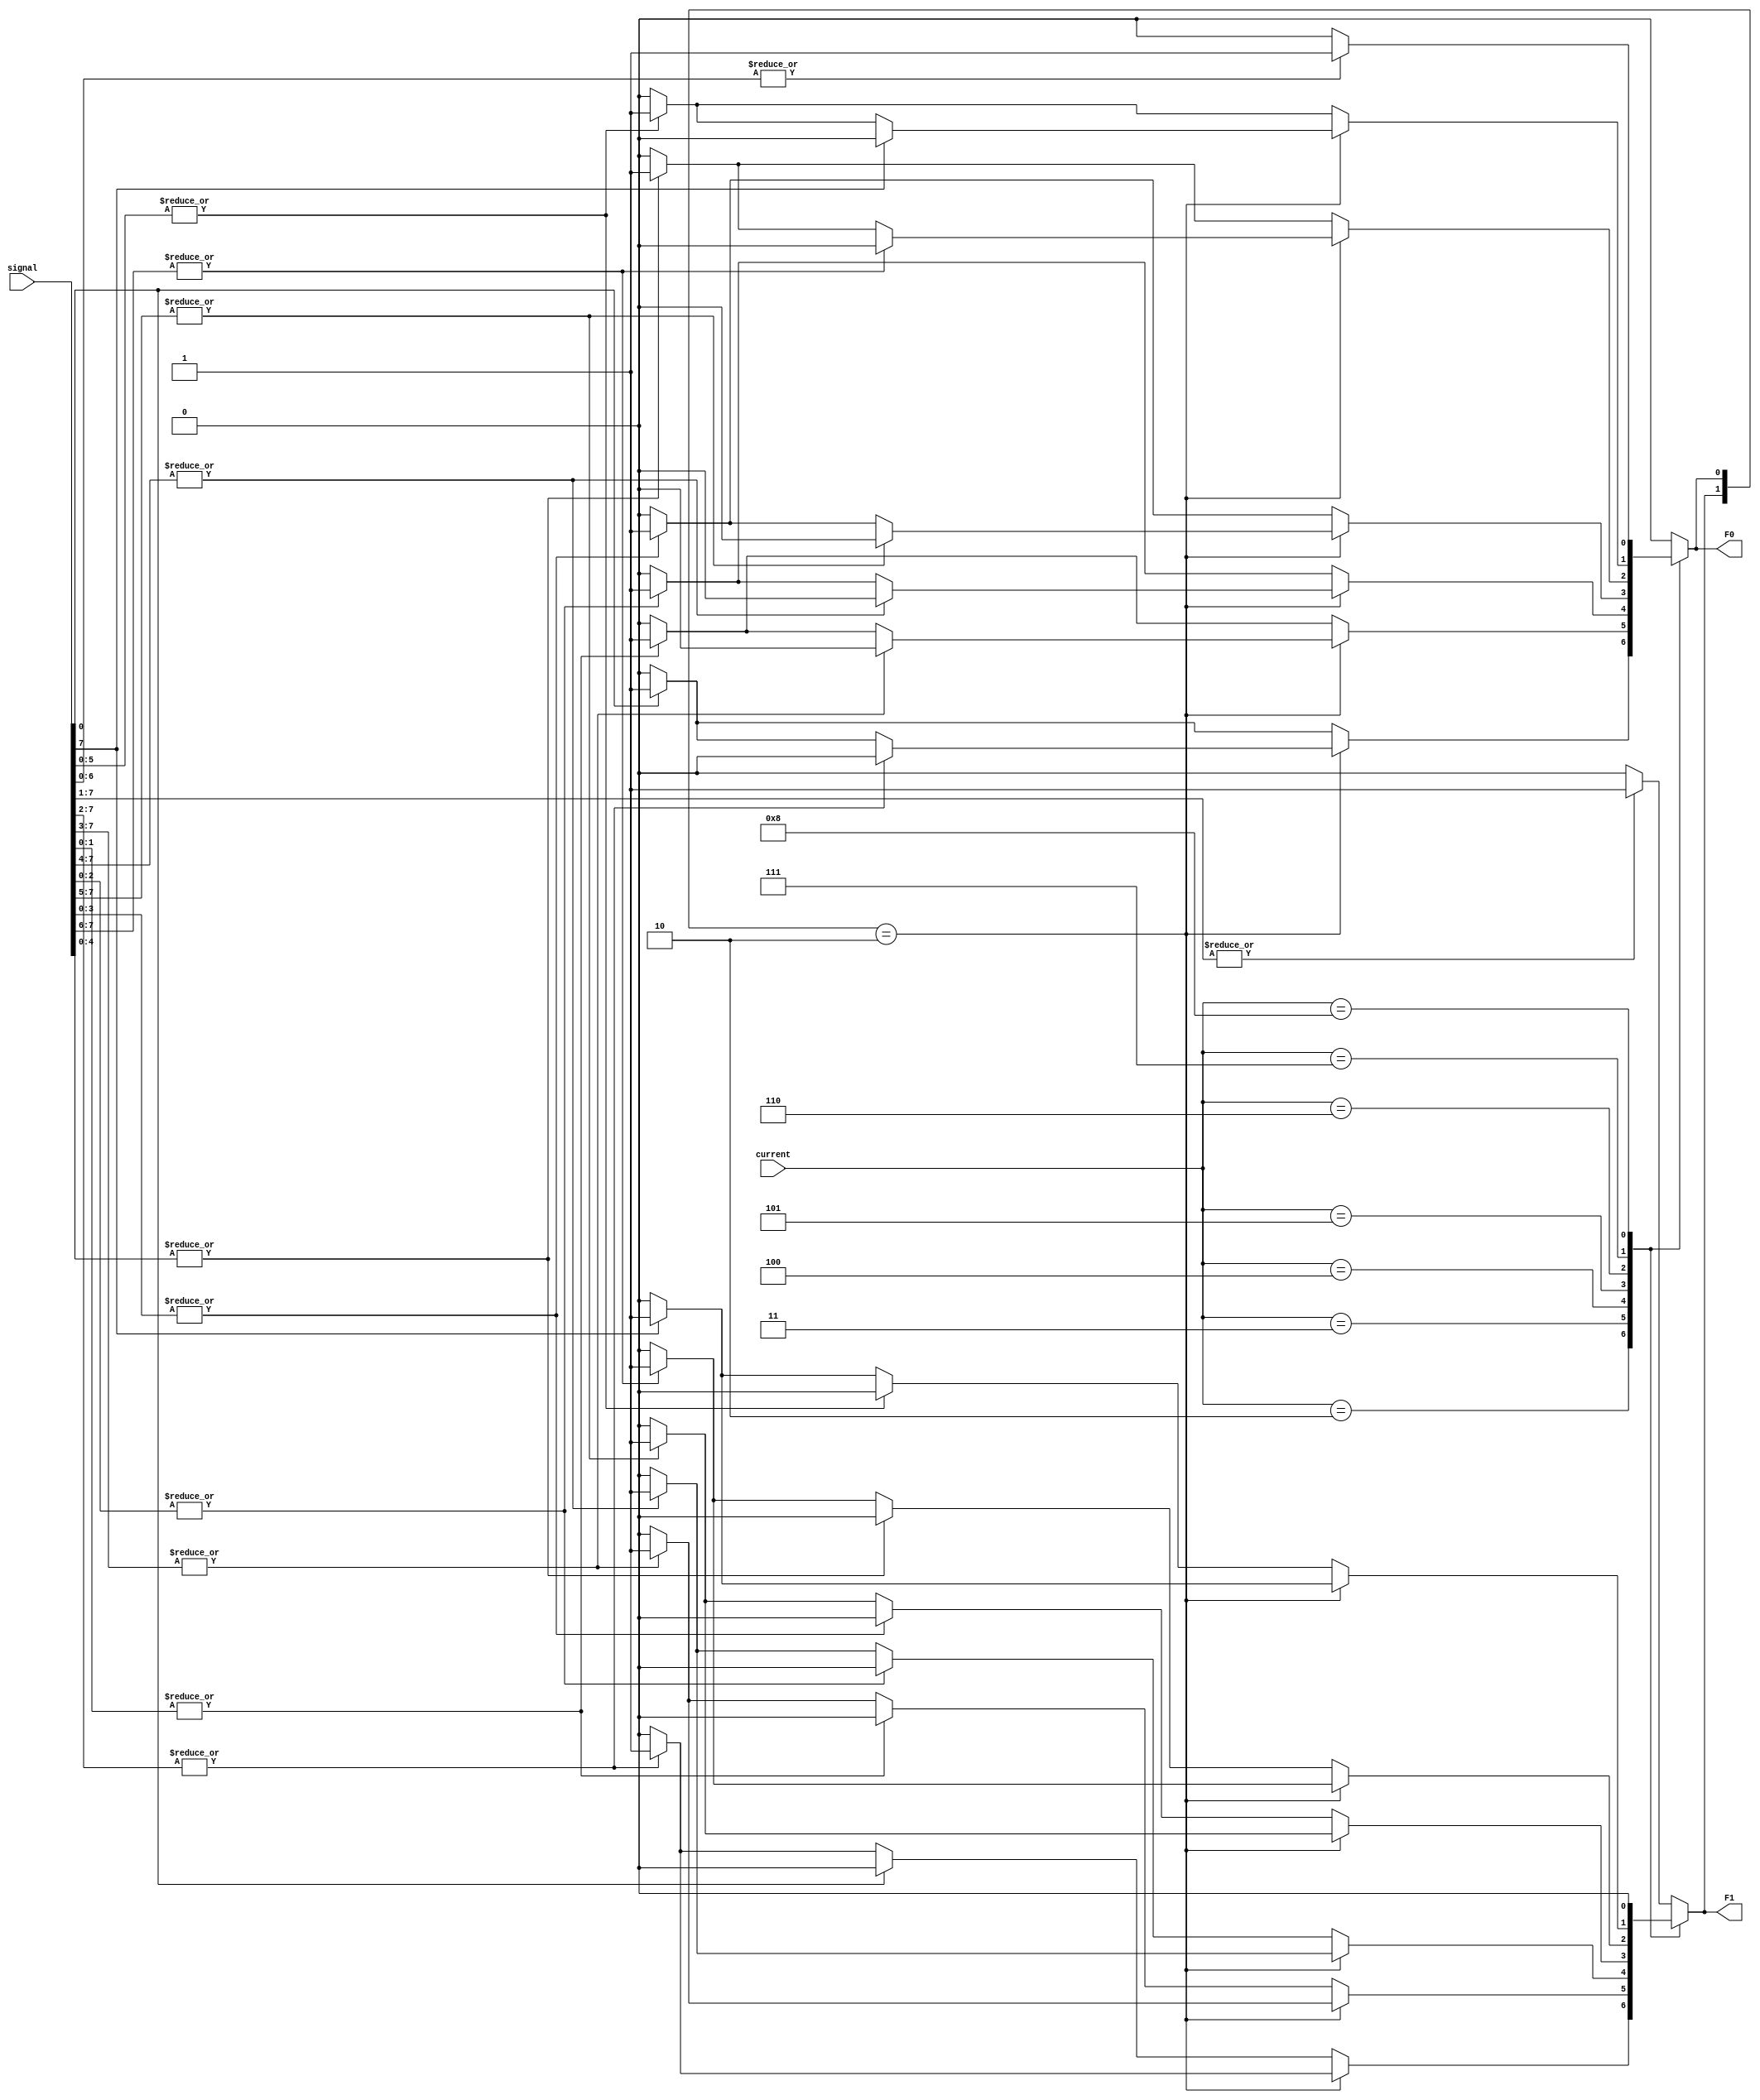
module FSM(
	input [3:0] current,
	input [7:0] signal,
	output reg F1,
    output reg F0
	);
	
reg currentF1;
reg currentF0;

initial begin
currentF1=1;
currentF0=0;
end

always @(*)
begin
    case(current)
        4'b0001: if(|signal[7:1]) begin F1 <=1; F0<=0; end   // floor 1
                    else begin F1 <=0; F0<=0; end
        4'b0010: if({currentF1,currentF0}==2'b10) begin
                        if(|signal[7:2]) begin F1 <=1; F0<=0; end   // floor 2
                        else begin 
                        if(|signal[0]) begin F1 <=0; F0<=1; end
                        else begin F1 <=0; F0<=0; end 
                        end
                    end
                 else begin
                        if(|signal[0]) begin F1 <=0; F0<=1; end
                        else begin 
                        if(|signal[7:2]) begin F1 <=1; F0<=0; end
                        else begin F1 <=0; F0<=0; end 
                        end
                    end
        
        4'b0011: if({currentF1,currentF0}==2'b10) begin
                        if(|signal[7:3]) begin F1 <=1; F0<=0; end   // floor 3
                        else begin 
                        if(|signal[1:0]) begin F1 <=0; F0<=1; end
                        else begin F1 <=0; F0<=0; end 
                        end
                    end
                 else begin
                        if(|signal[1:0]) begin F1 <=0; F0<=1; end
                        else begin 
                        if(|signal[7:3]) begin F1 <=1; F0<=0; end
                        else begin F1 <=0; F0<=0; end 
                        end
                    end
        4'b0100: if({currentF1,currentF0}==2'b10) begin
                        if(|signal[7:4]) begin F1 <=1; F0<=0; end   // floor 4
                        else begin 
                        if(|signal[2:0]) begin F1 <=0; F0<=1; end
                        else begin F1 <=0; F0<=0; end 
                        end
                    end
                 else begin
                        if(|signal[2:0]) begin F1 <=0; F0<=1; end
                        else begin 
                        if(|signal[7:4]) begin F1 <=1; F0<=0; end
                        else begin F1 <=0; F0<=0; end 
                        end
                    end
        4'b0101: if({currentF1,currentF0}==2'b10) begin
                        if(|signal[7:5]) begin F1 <=1; F0<=0; end   // floor 5
                        else begin 
                        if(|signal[3:0]) begin F1 <=0; F0<=1; end
                        else begin F1 <=0; F0<=0; end 
                        end
                    end
                 else begin
                        if(|signal[3:0]) begin F1 <=0; F0<=1; end
                        else begin 
                        if(|signal[7:5]) begin F1 <=1; F0<=0; end
                        else begin F1 <=0; F0<=0; end 
                        end
                    end
        4'b0110: if({currentF1,currentF0}==2'b10) begin
                        if(|signal[7:6]) begin F1 <=1; F0<=0; end   // floor 6
                        else begin 
                        if(|signal[4:0]) begin F1 <=0; F0<=1; end
                        else begin F1 <=0; F0<=0; end 
                        end
                    end
                 else begin
                        if(|signal[4:0]) begin F1 <=0; F0<=1; end
                        else begin 
                        if(|signal[7:6]) begin F1 <=1; F0<=0; end
                        else begin F1 <=0; F0<=0; end 
                        end
                    end
        4'b0111: if({currentF1,currentF0}==2'b10) begin
                        if(|signal[7]) begin F1 <=1; F0<=0; end      // floor 7
                        else begin 
                        if(|signal[5:0]) begin F1 <=0; F0<=1; end
                        else begin F1 <=0; F0<=0; end 
                        end
                    end
                 else begin
                        if(|signal[5:0]) begin F1 <=0; F0<=1; end
                        else begin 
                        if(|signal[7]) begin F1 <=1; F0<=0; end
                        else begin F1 <=0; F0<=0; end 
                        end
                    end
        4'b1000: if(|signal[6:0]) begin F1 <=0; F0<=1; end           // floor 8
                    else begin F1 <=0; F0<=0; end
        default: if(|signal[7:1]) begin F1 <=1; F0<=0; end           // floor 1
                    else begin F1 <=0; F0<=0; end
    endcase

    currentF0 <= F0;
    currentF1 <= F1;

end

endmodule